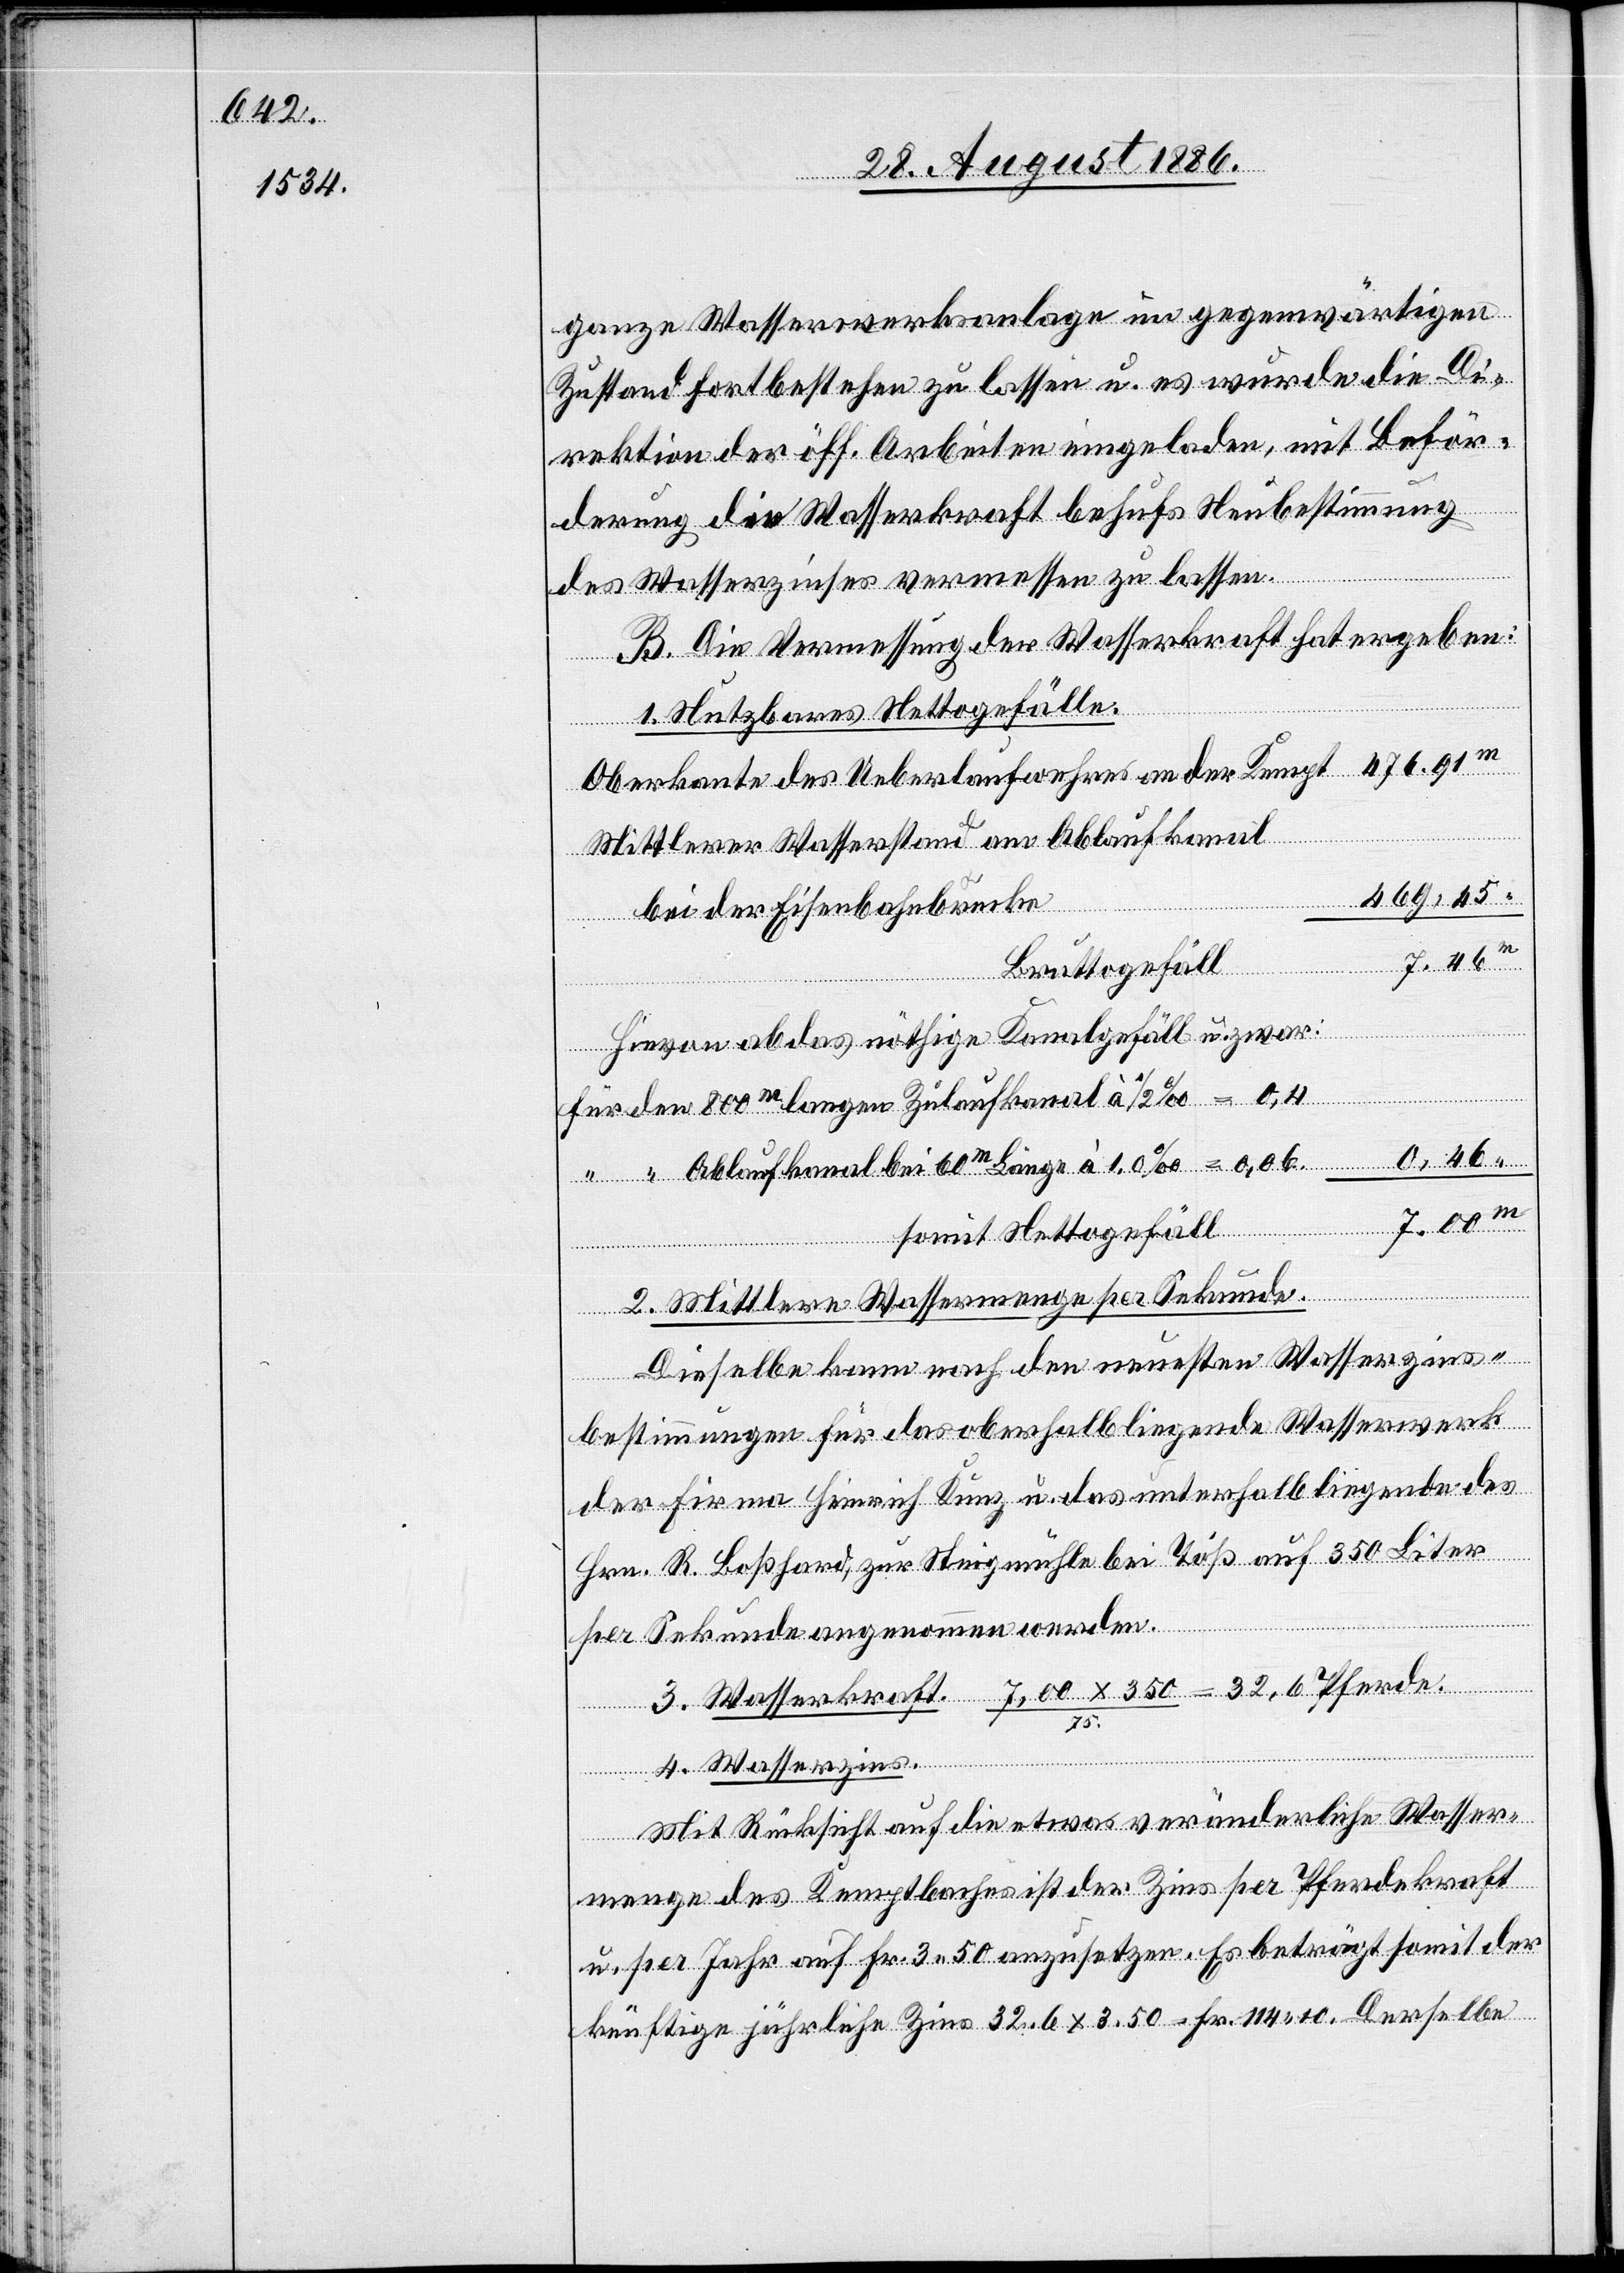
ganze Wasserwerksanlage im gegenwärtigen
Zustand fortbestehen zu lassen u. es wurde die Di¬
rektion der öff. Arbeiten eingeladen, mit Beför¬
derung die Wasserkraft behufs Neubestimmung
des Wasserzinses vermessen zu lassen.
B. Die Vermessung der Wasserkraft hat ergeben:
des
1. Nutzbares Nettogefälle.
Oberkante des Ueberlaufwehres an der Kempt
Mittlerer Wasserstand am Ablaufkanal
469,45
bei der Eisenbahnbrücke
Kunz u.
das
Bruttogefäll
Hievon ab das nöthige Kanalgefäll u. zwar:
Für den ca 800m langen Zulaufkanal à 1/2‰
somit Nettogefäll
“
2. Mittlere Wassermenge per Sekunde.
Dieselbe kann nach den neuesten Wasserzins¬
bestimmungen für das oberhalb liegende Wasserwerk
Hrn. R. Boßhard, zur Steigmühle bei Töß auf 350 Liter
per Sekunde angenommen werden.
3. Wasserkraft. 7,00 x 350 / 75 = 32,6 Pferde.
4. Wasserzins.
Mit Rücksicht auf die etwas veränderliche Wasser¬
menge des Kemptbaches ist der Zins per Pferdekraft
u. per Jahr auf Fr. 3 50 anzusetzen. Es beträgt somit der
künftige jährliche Zins 32,6 x 3,50 = Fr. 114 10. Derselbe